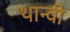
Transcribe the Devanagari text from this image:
थान्वी